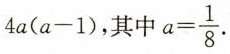
4a(a-1)，其中 $$a= \frac{1}{8}$$